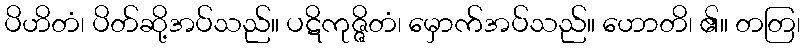
ပိဟိတံ၊ ပိတ်ဆို့အပ်သည်။ ပဋိကုဇ္ဇိတံ၊ မှောက်အပ်သည်။ ဟောတိ၊ ၏။ တတြ၊